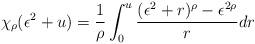
LaTeX: \begin{align*}\chi_{\rho}(\epsilon^2+u)=\frac{1}{\rho} \int_0^u \frac{(\epsilon^2+r)^{\rho}-\epsilon^{2 \rho}}{r}dr\end{align*}